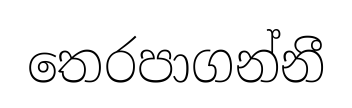
තෙරපාගන්නී